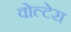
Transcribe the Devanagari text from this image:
वोल्टेरा